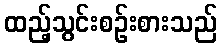
ထည့်သွင်းစဉ်းစားသည်